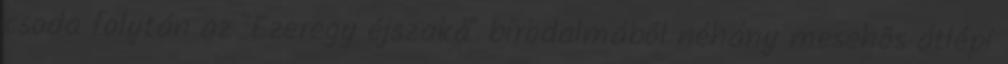
csoda folytán az "Ezeregy éjszaka" birodalmából néhány mesehõs átlépi